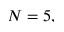
N = 5 ,